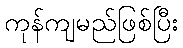
ကုန်ကျမည်ဖြစ်ပြီး